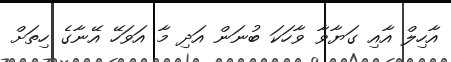
އާހިލް އާއި ގަޔާވާ ވާހަކަ ބުނަން އަދި މާ އަވަހޭ އޭނާގެ ހިތަށް